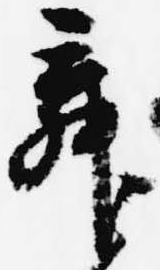
舞